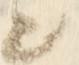
と